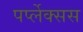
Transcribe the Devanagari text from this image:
पर्प्लेक्सस